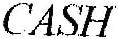
CASH